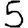
Digit: 5